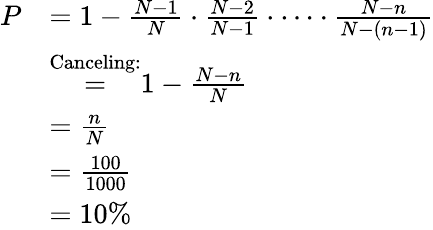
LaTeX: {\begin{array}{rl}{P}&{=1-{\frac{N-1}{N}}\cdot{\frac{N-2}{N-1}}\cdot\cdots\cdot{\frac{N-n}{N-(n-1)}}}\\ &{{\stackrel{\mathrm{Canceling:}}{=}}1-{\frac{N-n}{N}}}\\ &{={\frac{n}{N}}}\\ &{={\frac{100}{1000}}}\\ &{=10\% }\end{array}}